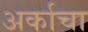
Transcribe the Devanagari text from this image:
अर्काचा